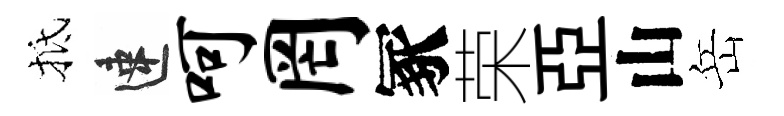
抵速呵罔冢荣亞山岳